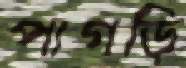
পাগড়ি